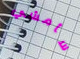
سأمشي